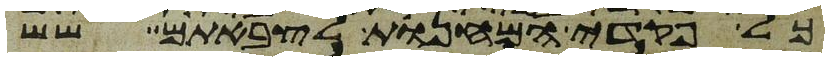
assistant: כל פקדי המחנות לצבאתם שש